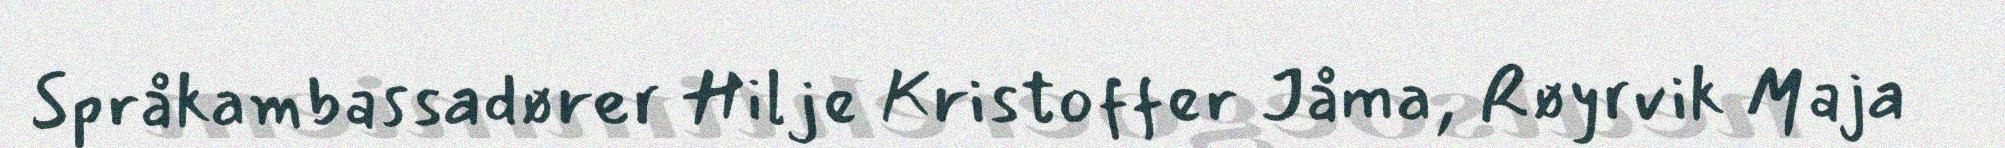
Språkambassadører Hilje Kristoffer Jåma, Røyrvik Maja